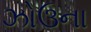
ઝોઉના